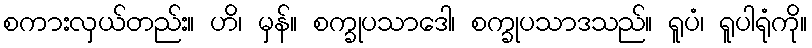
စကားလှယ်တည်း။ ဟိ၊ မှန်။ စက္ခုပသာဒေါ၊ စက္ခုပသာဒသည်။ ရူပံ၊ ရူပါရုံကို။